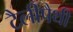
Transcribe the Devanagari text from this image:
टैलीपैथी